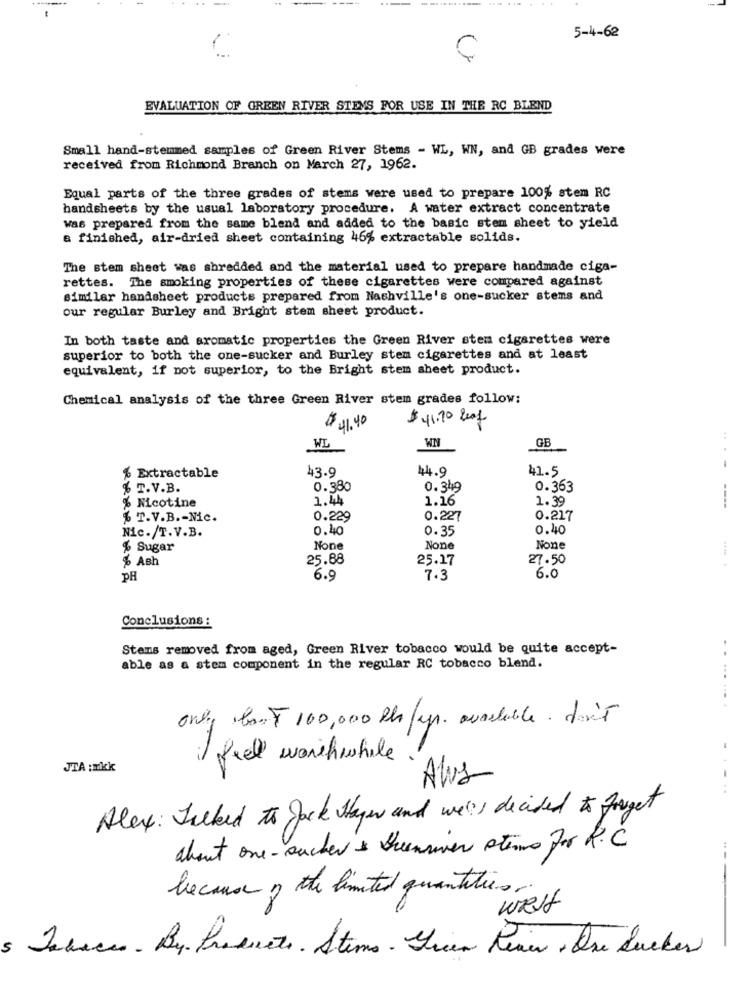
5-4-62
Ç
EVALUATION OF GREEN RIVER STEMS FOR USE IN THE RC BLEND
Small hand-stemmed samples of Green River Stems - WL, WN, and GB grades were
received from Richmond Branch on March 27, 1962.
Equal parts of the three grades of stems were used to prepare 100% stem RC
handsheets by the usual laboratory procedure. A water extract concentrate
was prepared from the same blend and added to the basic stem sheet to yield
& finished, air-dried sheet containing 46% extractable solids.
The stem sheet was shredded and the material used to prepare handmade ciga-
rettes. The smoking properties of these cigarettes were compared against
similar handsheet products prepared from Nashville's one-sucker stems and
our regular Burley and Bright stem sheet product.
In both taste and aromatic properties the Green River stem cigarettes were
superior to both the one-sucker and Burley stem cigarettes and at least
equivalent, if not superior, to the Bright stem sheet product.
Chemical analysis of the three Green River stem grades follow:
$ 41.70 Leaf
$ 11.40
WN
GB
WL
43.9
44.9
41.5
% Extractable
% T.V.B.
0.380
0.349
0.363
1.44
1.16
1.39
% Nicotine
----
% T.V.B .- Nic.
0.229
0.227
0.217
Nic./T.V.B.
0.40
0.35
0.40
% Sugar
Ash
25.88
25.17
27.50
PH
6.9
7.3
6.0
Conclusions :
Stems removed from aged, Green River tobacco would be quite accept-
able as a stem component in the regular RC tobacco blend.
.. ... ....
only bant 100,000 Ph/up. available. don't
il fiell worthwhile
JTA :mkk
Alvs
--
Alex: Talked to Jack Hayes and wells decided to forget
about one-suchev & thenvier sterne For R.C
---
because of the limited quantities.
wRsf
5 Jehacc - By. Passets . Stems . Green River , One Sucker